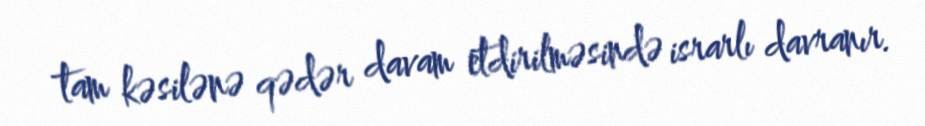
tam kəsilənə qədər davam etdirilməsində israrlı davranır.